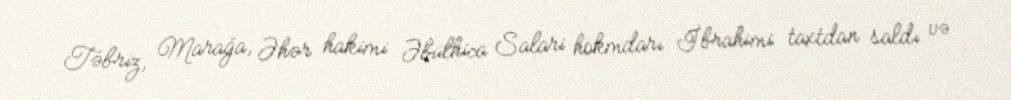
Təbriz, Marağa, Əhər hakimi Əbülhica Salari hökmdarı İbrahimi taxtdan saldı və